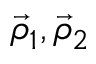
\vec { \rho } _ { 1 } , \vec { \rho } _ { 2 }